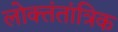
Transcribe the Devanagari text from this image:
लोक्तंतांत्रिक